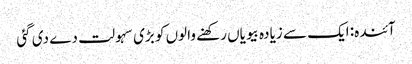
آئندہ: ایک سے زیادہ بیویاں رکھنے والوں کو بڑی سہولت دے دی گئی